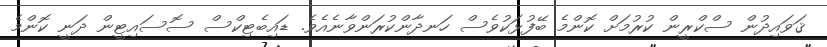
ޤަވައިދުން ސްކްރީން ކުރުމަށް ކޮންމެ ބޭފުޅަކުވެސް ހަނދާންކުރަންވާނެއެވެ. ޑައިބެޓިކްސް ސޮސައިޓީން ދަނީ ކޮންމެ